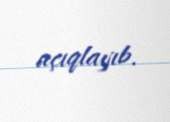
açıqlayıb.